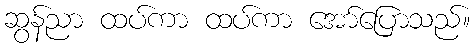
ဆွန်ညာ ထပ်ကာ ထပ်ကာ အော်ပြောသည်။